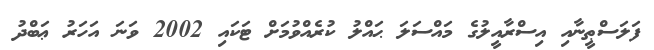
ފަލަސްޠީނާއި އިސްރާއީލުގެ މައްސަލަ ޙައްލު ކުރެއްވުމަށް ޓަކައި 2002 ވަނަ އަހަރު ޢަބްދު